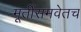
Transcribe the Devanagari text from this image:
मूर्तीसमवेतच